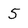
Character: 5